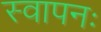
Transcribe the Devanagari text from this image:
स्वापनः